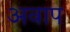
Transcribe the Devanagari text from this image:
अवाप